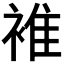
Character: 𧚮